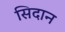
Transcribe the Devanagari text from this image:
सिदान